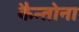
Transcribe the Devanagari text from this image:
कैन्तोना